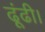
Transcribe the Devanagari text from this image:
ढूंढी।